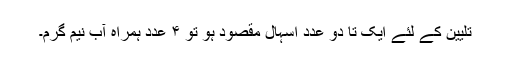
تلیین کے لئے ایک تا دو عدد اسہال مقصود ہو تو ۴ عدد ہمراہ آبِ نیم گرم۔